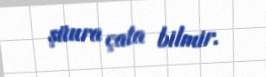
şüura çata bilmir.